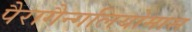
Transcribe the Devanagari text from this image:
पैरागैन्गलियोमास